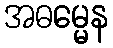
အဓမ္မေန